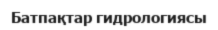
Батпақтар гидрологиясы